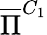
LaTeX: \overline{{\Pi}}^{C_{1}}